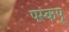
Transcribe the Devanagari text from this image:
पस्कपू